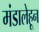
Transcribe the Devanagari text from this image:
मंडालेहून